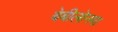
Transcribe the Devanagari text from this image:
बेबीलोनया